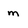
Character: m